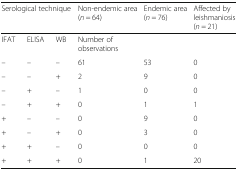
<table><thead><tr><td colspan="3"><b>Serological technique</b></td><td><b>Non-endemic area (<i>n</i> = 64)</b></td><td><b>Endemic area (<i>n</i> = 76)</b></td><td><b>Affected by leishmaniosis (<i>n</i> = 21)</b></td></tr></thead><tbody><tr><td>IFAT</td><td>ELISA</td><td>WB</td><td colspan="3">Number of observations</td></tr><tr><td>–</td><td>–</td><td>–</td><td>61</td><td>53</td><td>0</td></tr><tr><td>–</td><td>–</td><td>+</td><td>2</td><td>9</td><td>0</td></tr><tr><td>–</td><td>+</td><td>–</td><td>1</td><td>0</td><td>0</td></tr><tr><td>–</td><td>+</td><td>+</td><td>0</td><td>1</td><td>1</td></tr><tr><td>+</td><td>–</td><td>–</td><td>0</td><td>9</td><td>0</td></tr><tr><td>+</td><td>–</td><td>+</td><td>0</td><td>3</td><td>0</td></tr><tr><td>+</td><td>+</td><td>–</td><td>0</td><td>0</td><td>0</td></tr><tr><td>+</td><td>+</td><td>+</td><td>0</td><td>1</td><td>20</td></tr></tbody></table>